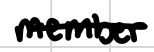
Text: member
Cross-out: single-line
Writing tool: digital_black